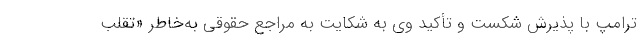
ترامپ با پذیرش شکست و تأکید وی به شکایت به مراجع حقوقی به‌خاطر «تقلب